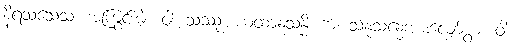
နိရသသေသံ၊ အကြွင်းမဲ့။ ဝါ၊ သဿုံ၊ ယထာနုသန္ဓိ ကံ၊ သနုသန္ဓေအားလျော်စွာ။ ဝါ၊